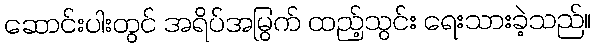
ဆောင်းပါးတွင် အရိပ်အမြွက် ထည့်သွင်း ရေးသားခဲ့သည်။